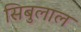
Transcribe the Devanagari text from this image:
सिबुलाल